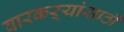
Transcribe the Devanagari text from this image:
वारकऱ्यांसाठी